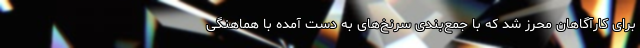
برای کارآگاهان محرز شد که با جمع‌بندی سرنخ‌های به دست آمده با هماهنگی